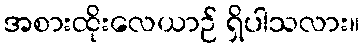
အစားထိုးလေယာဉ် ရှိပါသလား။